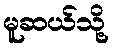
မူဆယ်သို့